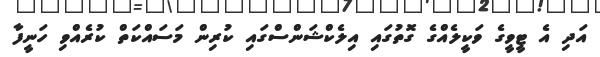
އަދި އެ ޓީވީގެ ވަކީލެއްގެ ގޮތުގައި އިލެކްޝަންސްގައި ކުރިން މަސައްކަތް ކުރެއްވި ހަނީފާ